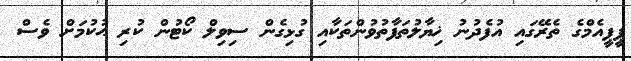
ޕީޕީއެމްގެ ތެރޭގައި އުފެދުނު ޚިޔާލުތަފާތުވުންތަކާއި ގުޅިގެން ސިވިލް ކޯޓުން ކުރި ޙުކުމަށް ވެސް